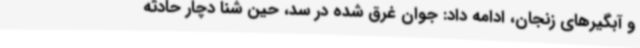
و آبگیرهای زنجان، ادامه داد: جوان غرق شده در سد، حین شنا دچار حادثه